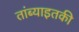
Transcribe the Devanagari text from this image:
तांब्याइतकी